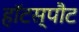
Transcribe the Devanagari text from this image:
हॉटस्‍पौट